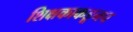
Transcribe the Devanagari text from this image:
शिक्षकाकडूनच